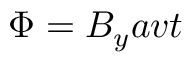
\Phi = B _ { y } a v t